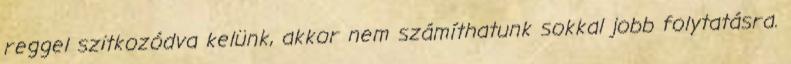
reggel szitkozódva kelünk, akkor nem számíthatunk sokkal jobb folytatásra.